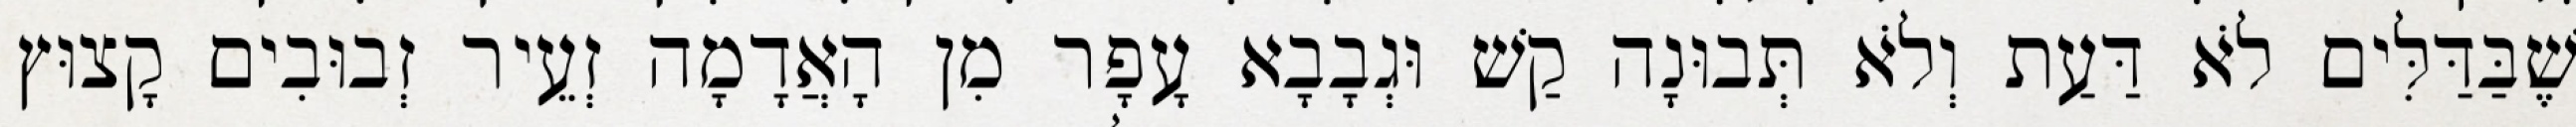
שֶׁבַּדַּלִּים לֹא דַּעַת וְלֹא תְּבוּנָה קַשׁ וּגְבָבָא עָפָר מִן הָאֲדָמָה זְעֵיר זְבוּבִים קָצוּץ